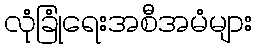
လုံခြုံရေးအစီအမံများ